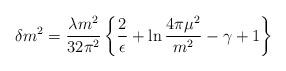
LaTeX: \begin{align*}\delta m^2 =\frac{\lambda m^2}{32\pi^2}\left\{\frac{2}{\epsilon}+\ln{\frac{4\pi\mu^2}{m^2}}-\gamma+1\right\}\end{align*}